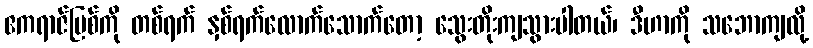
ဧကရာဇ်မြစ်ကို တစ်ရက် နှစ်ရက်လောက်သောက်တော့ သွေးတိုးကျသွားပါတယ်၊ ဒီဟာကို သဘောကျလို့